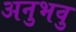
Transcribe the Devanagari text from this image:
अनुभवु